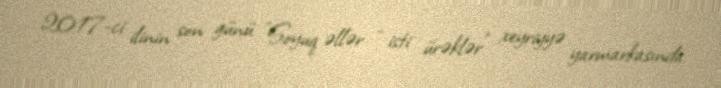
2017-ci ilinin son günü "Soyuq əllər - isti ürəklər" xeyriyyə yarmarkasında